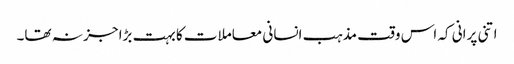
اتنی پرانی کہ اس وقت مذہب انسانی معاملات کا بہت بڑا جز نہ تھا۔